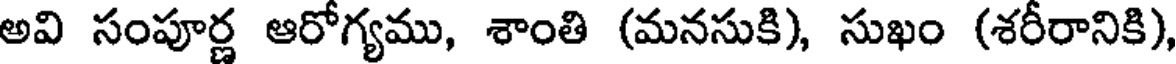
అవి సంపూర్ణ ఆరోగ్యము, శాంతి (మనసుకి), సుఖం (శరీరానికి)